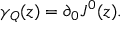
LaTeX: \gamma _ { Q } ( z ) = \partial _ { 0 } J ^ { 0 } ( z ) .